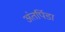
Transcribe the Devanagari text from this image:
अंतर्पिडा